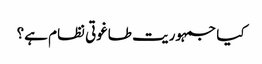
کیا جمہوریت طاغوتی نظام ہے؟